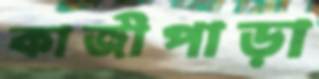
কাজীপাড়া